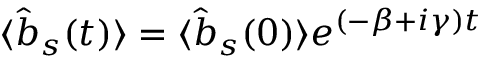
\langle { \hat { b } } _ { s } ( t ) \rangle = \langle { \hat { b } } _ { s } ( 0 ) \rangle e ^ { ( - \beta + i \gamma ) t }